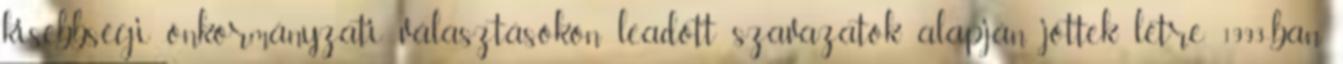
kisebbségi önkormányzati választásokon leadott szavazatok alapján jöttek létre. 1993-ban